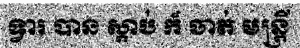
ទ្វារ បាន ស្តាប់ ក៏ ចាត់ មន្ត្រី